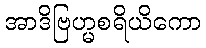
အာဒိဗြဟ္မစရိယိကော